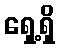
ရှေ့ရှိ